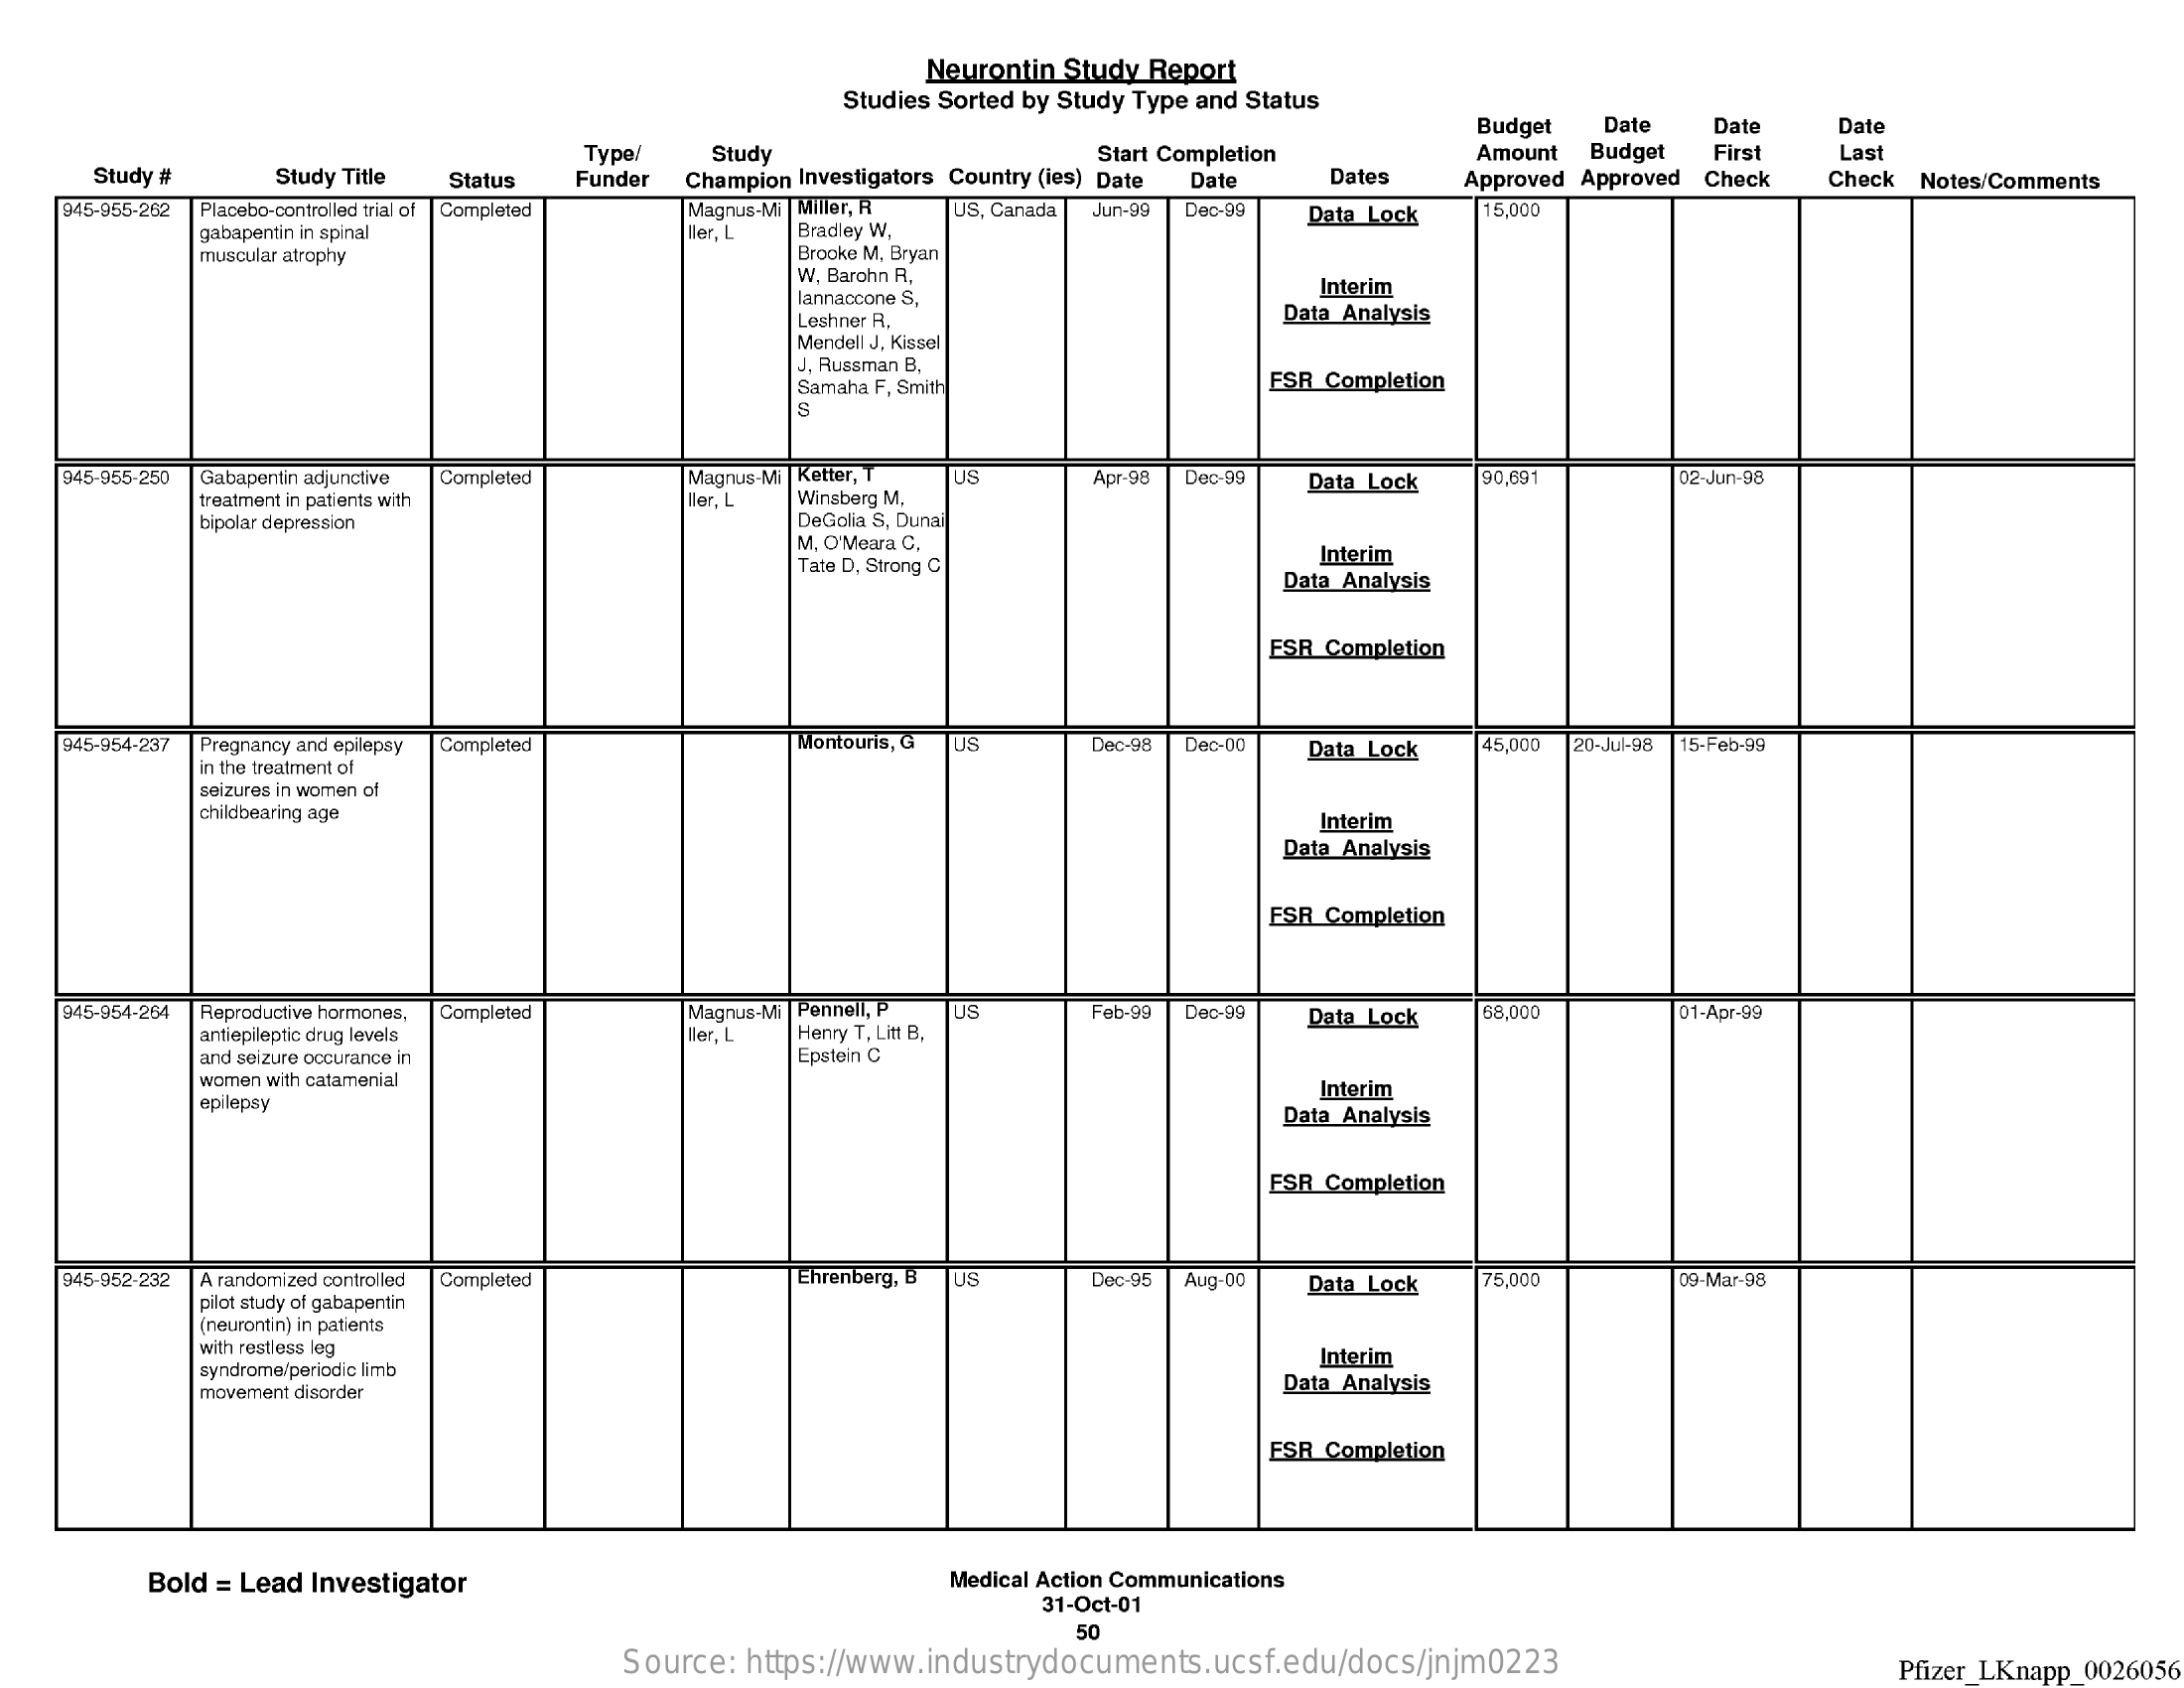
Neurontin Study Report
     Studies Sorted by Study Type and Status
     Budget Date  Date   Date
     Type/   Study    Start Completion    Amount Budget First  Last
     Study #   Study Title Status Funder Champion Investigators Country (les) Date Date Dates Approved Approved Check Check Notes/Comments
    945-955-262 Placebo-controlled trial of Completed Magnus-Mi | Miller, R
     gabapentin in spinal    ller, L Bradley W.
     US, Canada Jun-99 Dec-99 Data Lock 15,000
     muscular atrophy    Brooke M, Bryan
     W, Barohn R.
     Iannaccone S,
     Interim
     Leshner R.    Data Analysis
     Mendell J, Kissel
     J, Russman B,
     Samaha F, Smith    FSR Completion
     S
    945-955-250 Gabapentin adjunctive Completed Magnus Mi | Ketter, T US Apr-98
     Winsberg M.
     Dec-99  Data Lock 90,691    02-Jun-98
     treatment in patients with ler, L
     bipolar depression    DeGolia S, Dunai
     M, O'Meara C,
     Tate D, Strong C
     Interim
     Data Analysis
     ESR Completion
    945-954-237 Pregnancy and epilepsy Completed Montouris, G US Dec-98 Dec-OD Data Lock 45,000 20-Jul-98 15-Feb-99
     in the treatment of
     seizures in women of
     childbearing age    Interim
     Data Analysis
     FSR Completion
    945-954-264 Reproductive hormones, Completed Magnus-Mi | Pennell, P US
     antiepileptic drug levels  Bler, L Henry T, Litt B,
     Feb-99 Dec-99 Data Lock 68,000   D1-Apr-99
     and seizure occurance in    Epstein C
     women with catamenial
     epilepsy
     Interim
     Data Analysis
     FSR Completion
    945-952-232 A randomized controlled
     pilot study of gabapentin
     Completed    Ehrenberg, B US Dec-95 Aug-OD Data Lock 75,000   09-Mar-BB
     (neurontin) in patients
     with restless leg
     syndrome/periodic limb
     Interim
     movement disorder    Data Analysis
     ESR Completion
     Bold = Lead Investigator    Medical Action Communications
     31-Oct-01
     50
     Source: https://www.industrydocuments.ucsf.edu/docs/jnjm0223    Pfizer_LKnapp_0026056